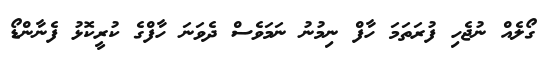
ގޯލެއް ނުޖެހި ފުރަތަމަ ހާފް ނިމުނު ނަމަވެސް ދެވަނަ ހާފްގެ ކުރީކޮޅު ފެނާންޑޯ